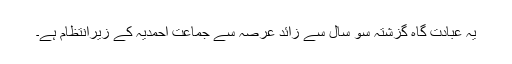
یہ عبادت گاہ گزشتہ سو سال سے زائد عرصہ سے جماعت احمدیہ کے زیرانتظام ہے۔